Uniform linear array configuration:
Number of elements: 12
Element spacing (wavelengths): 0.5
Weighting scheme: kaiser
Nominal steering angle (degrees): -30
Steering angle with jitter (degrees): -30.156
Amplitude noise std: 0.05
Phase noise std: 0.05

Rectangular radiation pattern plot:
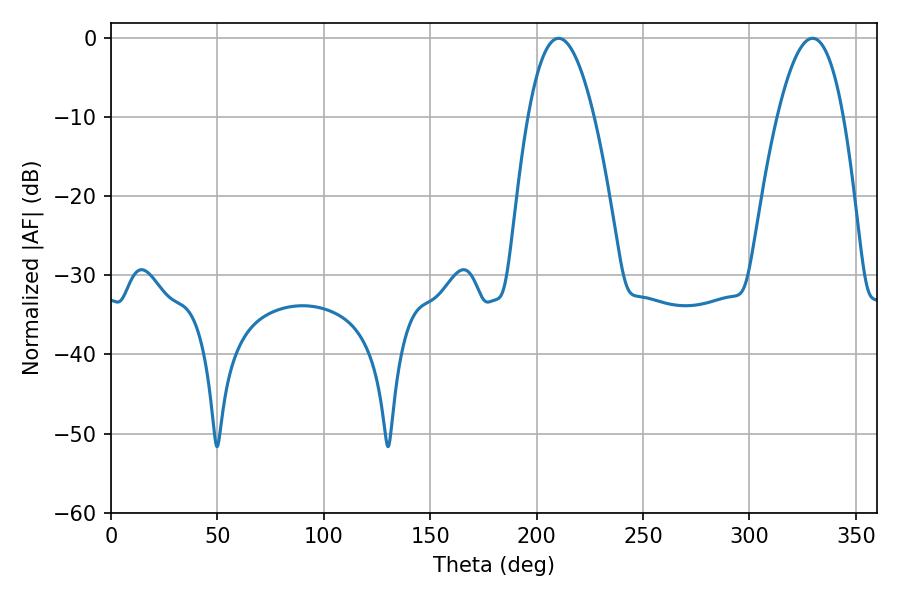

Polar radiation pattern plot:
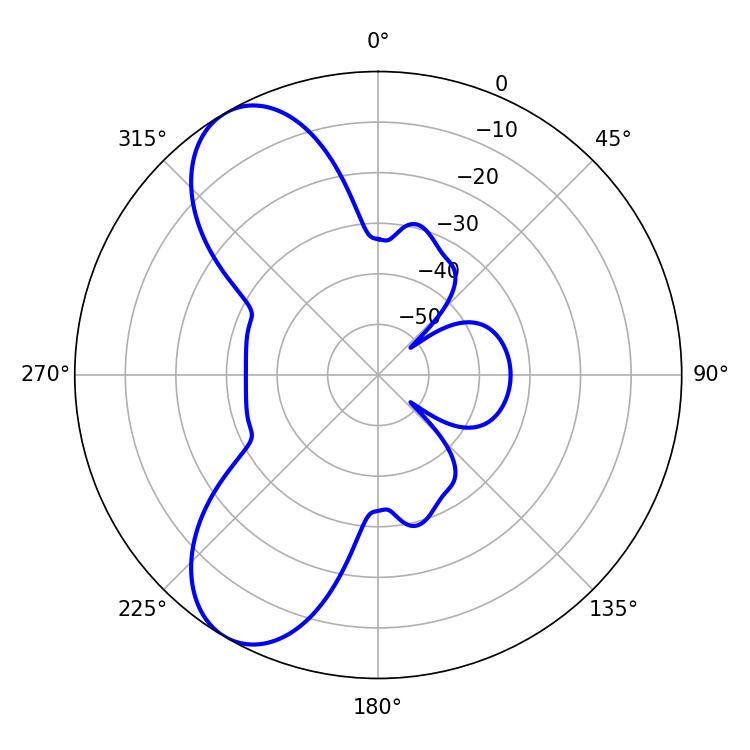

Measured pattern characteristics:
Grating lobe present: FALSE
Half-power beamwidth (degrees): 17.1
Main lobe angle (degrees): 210.24